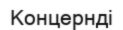
Концернді